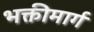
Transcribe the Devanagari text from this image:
भक्तीमार्ग